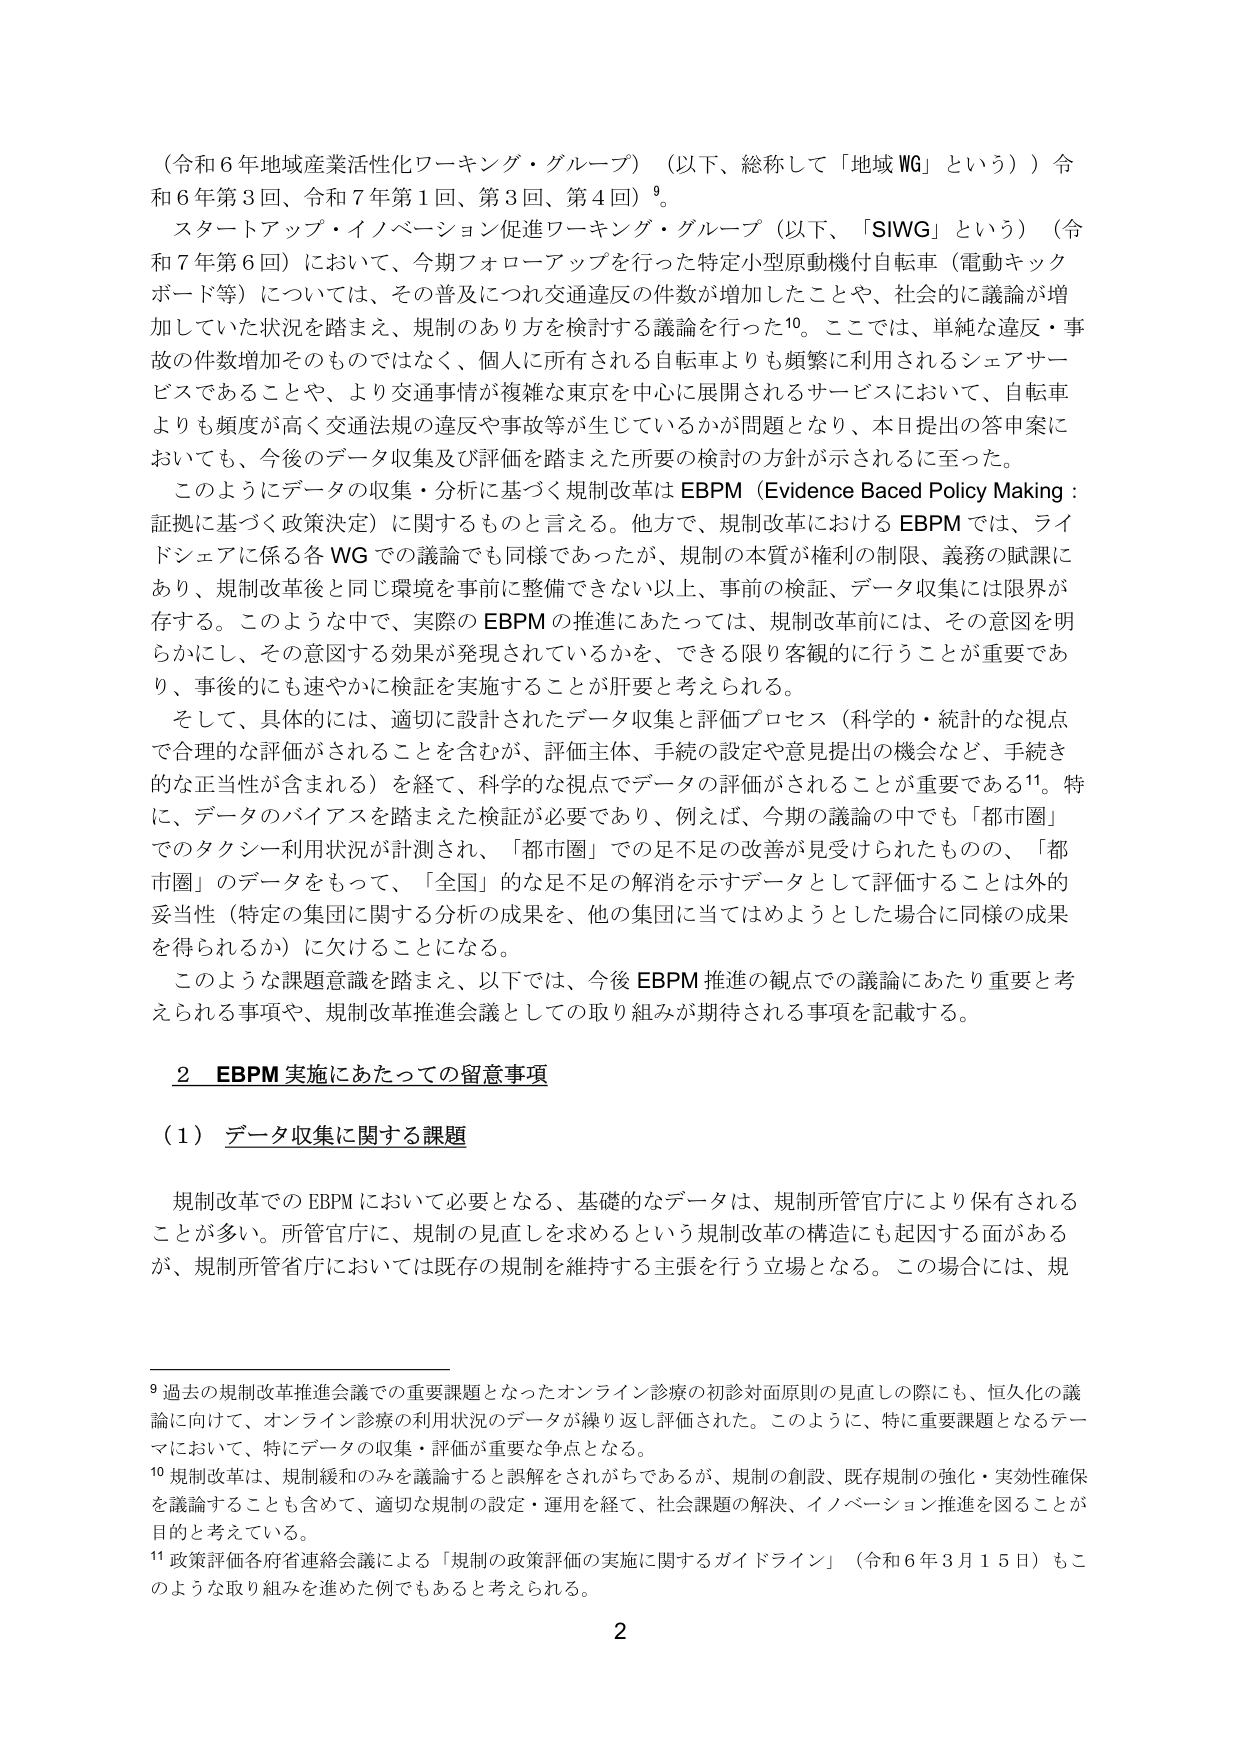
（令和６年地域産業活性化ワーキング・グループ）（以下、総称して「地域WG」という））令和６年第３回、令和７年第１回、第３回、第４回）⁹。

スタートアップ・イノベーション促進ワーキング・グループ（以下、「SIWG」という）（令和７年第６回）において、今期フォローアップを行った特定小型原動機付自転車（電動キックボード等）については、その普及につれ交通違反の件数が増加したことや、社会的に議論が増加していた状況を踏まえ、規制のあり方を検討する議論を行った¹⁰。ここでは、単純な違反・事故の件数増加そのものではなく、個人に所有される自転車よりも頻繁に利用されるシェアサービスであることや、より交通事情が複雑な東京を中心に展開されるサービスにおいて、自転車よりも頻度が高く交通法規の違反や事故等が生じているかが問題となり、本日提出の答申案においても、今後のデータ収集及び評価を踏まえた所要の検討の方針が示されるに至った。

このようにデータの収集・分析に基づく規制改革はEBPM（Evidence Baced Policy Making：証拠に基づく政策決定）に関するものと言える。他方で、規制改革におけるEBPMでは、ライドシェアに係る各WGでの議論でも同様であったが、規制の本質が権利の制限、義務の賦課にあり、規制改革後と同じ環境を事前に整備できない以上、事前の検証、データ収集には限界が存する。このような中で、実際のEBPMの推進にあたっては、規制改革前には、その意図を明らかにし、その意図する効果が発現されているかを、できる限り客観的に行うことが重要であり、事後的にも速やかに検証を実施することが肝要と考えられる。

そして、具体的には、適切に設計されたデータ収集と評価プロセス（科学的・統計的な視点で合理的な評価がされることを含むが、評価主体、手続の設定や意見提出の機会など、手続き的な正当性が含まれる）を経て、科学的な視点でデータの評価がされることが重要である¹¹。特に、データのバイアスを踏まえた検証が必要であり、例えば、今期の議論の中でも「都市圏」でのタクシー利用状況が計測され、「都市圏」での足不足の改善が見受けられたものの、「都市圏」のデータをもって、「全国」的な足不足の解消を示すデータとして評価することは外的妥当性（特定の集団に関する分析の成果を、他の集団に当てはめようとした場合に同様の成果を得られるか）に欠けることになる。

このような課題意識を踏まえ、以下では、今後EBPM推進の観点での議論にあたり重要と考えられる事項や、規制改革推進会議としての取り組みが期待される事項を記載する。

２ EBPM実施にあたっての留意事項

（１）データ収集に関する課題

規制改革でのEBPMにおいて必要となる、基礎的なデータは、規制所管官庁により保有されることが多い。所管官庁に、規制の見直しを求めるという規制改革の構造にも起因する面があるが、規制所管省庁においては既存の規制を維持する主張を行う立場となる。この場合には、規

⁹ 過去の規制改革推進会議での重要課題となったオンライン診療の初診対面原則の見直しの際にも、恒久化の議論に向けて、オンライン診療の利用状況のデータが繰り返し評価された。このように、特に重要課題となるテーマにおいて、特にデータの収集・評価が重要な争点となる。

¹⁰ 規制改革は、規制緩和のみを議論すると誤解をされがちであるが、規制の創設、既存規制の強化・実効性確保を議論することも含めて、適切な規制の設定・運用を経て、社会課題の解決、イノベーション推進を図ることが目的と考えている。

¹¹ 政策評価各府省連絡会議による「規制の政策評価の実施に関するガイドライン」（令和６年３月１５日）もこのような取り組みを進めた例でもあると考えられる。

2